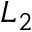
L _ { 2 }